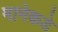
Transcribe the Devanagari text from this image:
मानेकडे